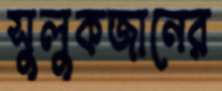
সুলুকজানের